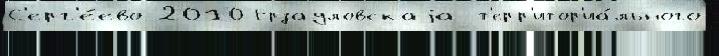
С'ерг'е́ево 2010 Ерзауловскаjа т'ерр'итор'иа́льного